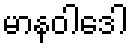
မာနဝါဒေါ